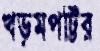
খড়মপট্টির